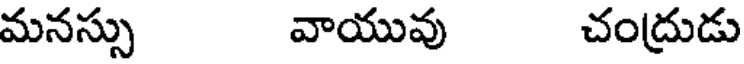
మనస్సు వాయువు చంద్రుడు